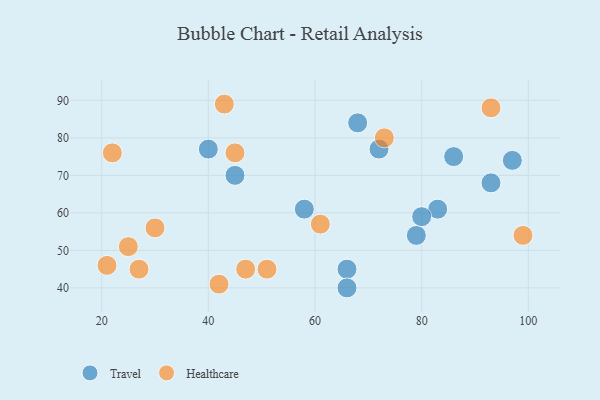
{"axis": {"x": "GDP", "y": "Life Expectancy"}, "legend": ["Healthcare", "Travel"], "data": [{"x": "72", "y": 77, "type": "Travel"}, {"x": "83", "y": 61, "type": "Travel"}, {"x": "93", "y": 68, "type": "Travel"}, {"x": "86", "y": 75, "type": "Travel"}, {"x": "45", "y": 70, "type": "Travel"}, {"x": "40", "y": 77, "type": "Travel"}, {"x": "79", "y": 54, "type": "Travel"}, {"x": "97", "y": 74, "type": "Travel"}, {"x": "66", "y": 45, "type": "Travel"}, {"x": "58", "y": 61, "type": "Travel"}, {"x": "68", "y": 84, "type": "Travel"}, {"x": "80", "y": 59, "type": "Travel"}, {"x": "66", "y": 40, "type": "Travel"}, {"x": "22", "y": 76, "type": "Healthcare"}, {"x": "93", "y": 88, "type": "Healthcare"}, {"x": "42", "y": 41, "type": "Healthcare"}, {"x": "51", "y": 45, "type": "Healthcare"}, {"x": "27", "y": 45, "type": "Healthcare"}, {"x": "30", "y": 56, "type": "Healthcare"}, {"x": "47", "y": 45, "type": "Healthcare"}, {"x": "43", "y": 89, "type": "Healthcare"}, {"x": "45", "y": 76, "type": "Healthcare"}, {"x": "61", "y": 57, "type": "Healthcare"}, {"x": "21", "y": 46, "type": "Healthcare"}, {"x": "25", "y": 51, "type": "Healthcare"}, {"x": "73", "y": 80, "type": "Healthcare"}, {"x": "99", "y": 54, "type": "Healthcare"}]}